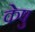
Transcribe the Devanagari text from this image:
केषु